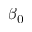
\beta _ { 0 }